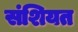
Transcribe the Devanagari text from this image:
संशियत